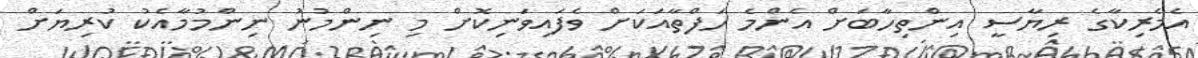
އެމެރިކާގެ ރިޔާސީ އިންތިހާބަށް އެންމެ ހަފްތާއަކަށް ވެފައިވަނިކޮށް މި ނިންމުނު ނިންމުމާއެކު ކުރިޔަށް